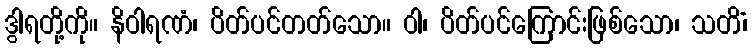
ဒွါရတို့ကို။ နိဝါရဏံ၊ ပိတ်ပင်တတ်သော။ ဝါ၊ ပိတ်ပင်ကြောင်းဖြစ်သော၊ သတိံ၊